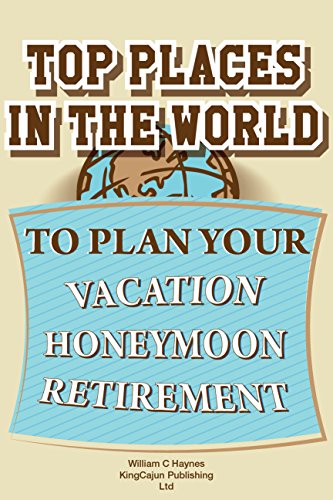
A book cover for TOP PLACES IN THE WORLD TO PLAN YOUR VACATION / HONEYMOON / RETIREMENT: Bonus Chapters Included: TOP 5 Places To Take Photos and Top 5 Places for "City ... vacation packages, vacation photos Book 1); William C Haynes; Crafts, Hobbies & Home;